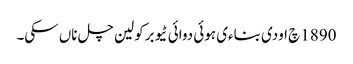
1890 چ اودی بناءی ہوئی دوائی ٹیوبرکولین چل ناں سکی۔